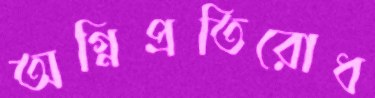
অগ্নিপ্রতিরোধ